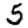
Digit: 5